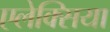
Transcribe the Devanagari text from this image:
एलेक्सिया